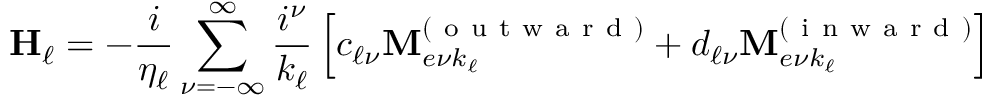
\mathbf { H } _ { \ell } = - \frac { i } { \eta _ { \ell } } \sum _ { \nu = - \infty } ^ { \infty } \frac { i ^ { \nu } } { k _ { \ell } } \left[ c _ { \ell \nu } \mathbf { M } _ { e \nu k _ { \ell } } ^ { ( \mathrm { ~ o ~ u ~ t ~ w ~ a ~ r ~ d ~ } ) } + d _ { \ell \nu } \mathbf { M } _ { e \nu k _ { \ell } } ^ { ( \mathrm { ~ i ~ n ~ w ~ a ~ r ~ d ~ } ) } \right]